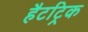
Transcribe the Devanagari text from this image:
हैटट्रिक